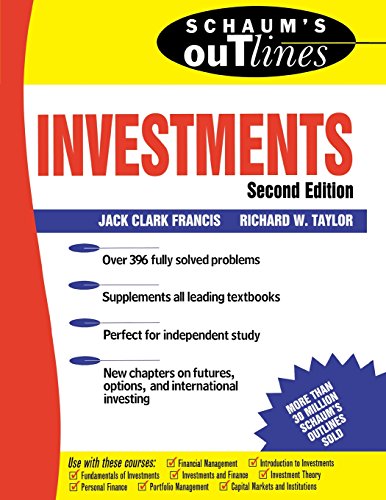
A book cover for Schaum's Outline of Investments; Jack Francis; Business & Money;